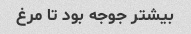
بیشتر جوجه بود تا مرغ